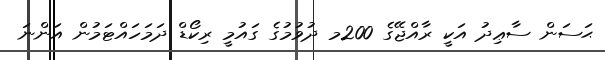
ޙަސަން ސާޢިދު އަކީ ރާއްޖޭގެ 200މ ދުވުމުގެ ގައުމީ ރިކޯޑް ދަމަހައްޓަމުން އަންނަ